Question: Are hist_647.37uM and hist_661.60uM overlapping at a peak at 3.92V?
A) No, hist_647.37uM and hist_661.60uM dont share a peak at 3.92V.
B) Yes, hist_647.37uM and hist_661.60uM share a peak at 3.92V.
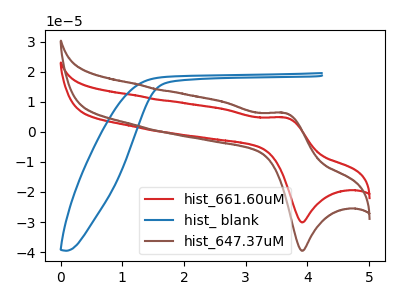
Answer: <think>The red curve "hist_661.60uM" has an anodic peak at (3.65V, 4.80uA) and a cathodic peak at (3.90V, -30.10uA). The blue curve "hist_ blank" has no peaks. The brown curve "hist_647.37uM" has an anodic peak at (3.65V, 6.30uA) and a cathodic peak at (3.90V, -39.60uA).</think>
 <answer>B) Yes, "hist_647.37uM" and "hist_661.60uM" share a peak at 3.92V.</answer>
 <eval>B</eval>